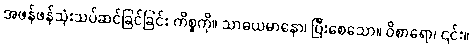
အဖန်ဖန်သုံးသပ်ဆင်ခြင်ခြင်း ကိစ္စကို။ သာဓယမာနော၊ ပြီးစေသော။ ဝိစာရော၊ ၎င်း။